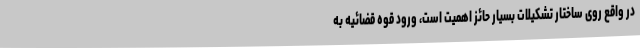
در واقع روی ساختار تشکیلات بسیار حائز اهمیت است، ورود قوه قضائیه به